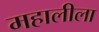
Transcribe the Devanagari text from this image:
महालीला